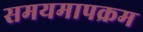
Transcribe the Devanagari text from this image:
समयमापक्रम